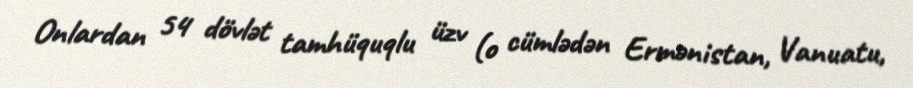
Onlardan 54 dövlət tamhüquqlu üzv (o cümlədən Ermənistan, Vanuatu,